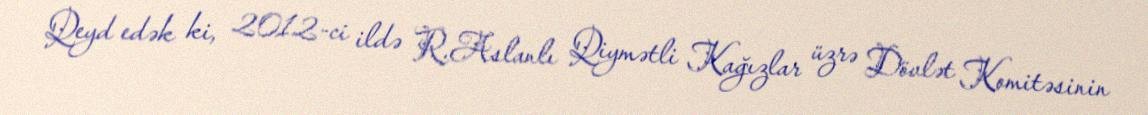
Qeyd edək ki, 2012-ci ildə R.Aslanlı Qiymətli Kağızlar üzrə Dövlət Komitəsinin